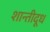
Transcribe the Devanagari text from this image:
शान्तीदूध